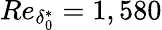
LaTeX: Re_{\delta_{0}^{*}}=1,580